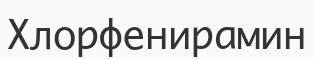
Хлорфенирамин